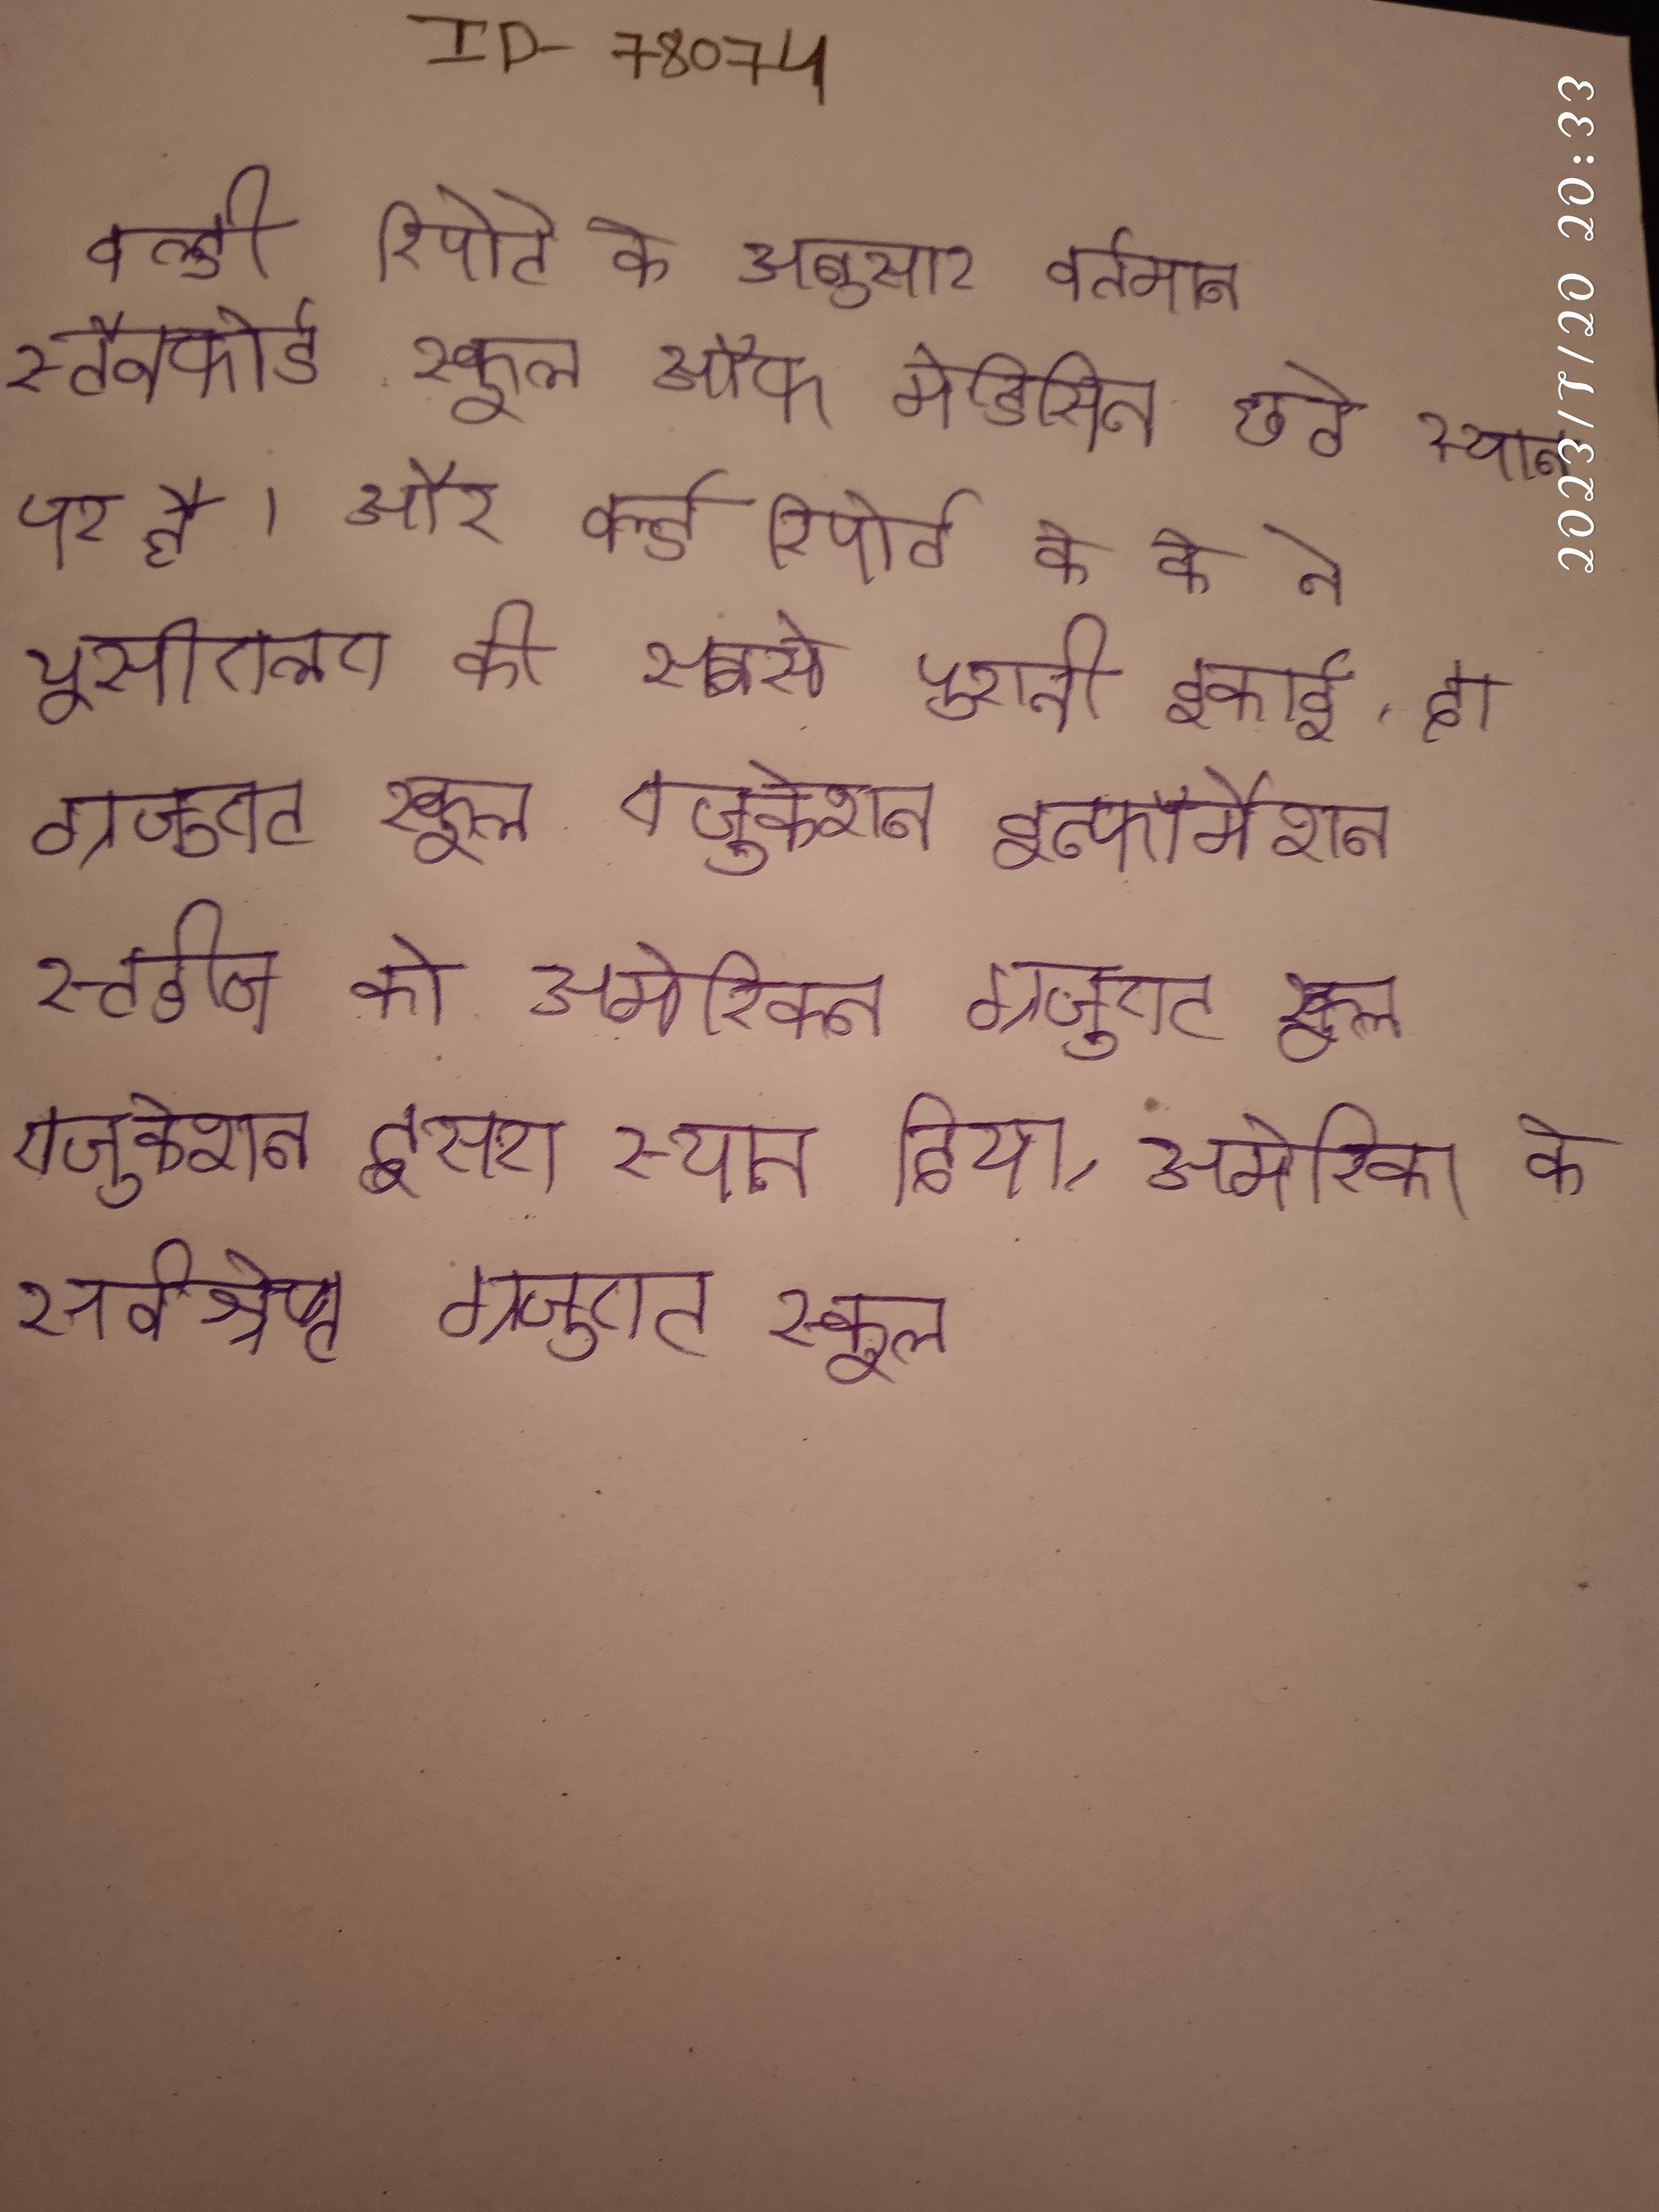
वर्ल्ड रिपोर्ट के अनुसार वर्तमान स्टैनफोर्ड स्कूल ऑफ मेडिसिन छठे स्थान पर है । और वर्ल्ड रिपोर्ट के के ने यूसीएलए की सबसे पुरानी इकाई, दा ग्रजुएट स्कूल एजुकेशन इन्फॉर्मैशन स्टडीज को अमेरिकन ग्रजुएट स्कूल एजुकेशन दूसरा स्थान दिया, अमेरिका के सर्वश्रेष्ट ग्रजुएट स्कूल .